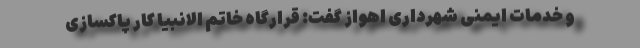
و خدمات ایمنی شهرداری اهواز گفت: قرارگاه خاتم الانبیا کار پاکسازی